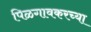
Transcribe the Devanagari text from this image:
पिळगावकरच्या